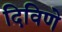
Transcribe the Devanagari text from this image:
दिविणे